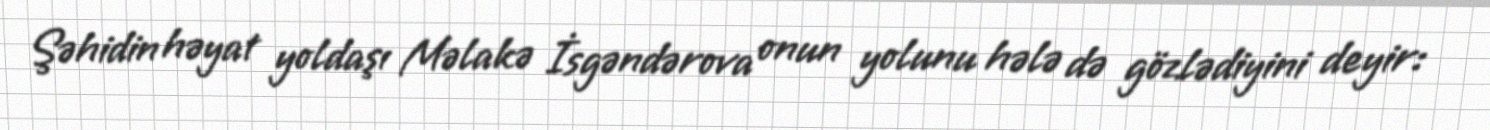
Şəhidin həyat yoldaşı Məlakə İsgəndərova onun yolunu hələ də gözlədiyini deyir: